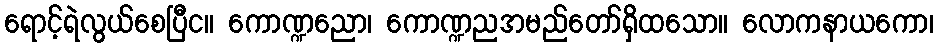
ရောင့်ရဲလွယ်စေပြီင။ ကောဏ္ဍညော၊ ကောဏ္ဍညအမည်တော်ရှိထသော။ လောကနာယကော၊